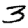
Digit: 3